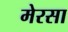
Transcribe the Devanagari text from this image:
मेरसा